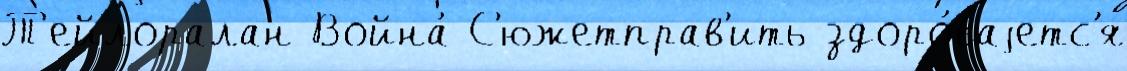
Т'ейлоралан Война́ С'южетправ'ить здоро́ваjетс'я